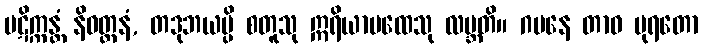
ပဋိက္ကန္တံ နိဝတ္တနံ, တဒုဘယမ္ပိ စတူသု ဣရိယာပထေသု လဗ္ဘတိ။ ဂမနေ တာဝ ပုရတော